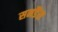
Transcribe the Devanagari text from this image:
सनडैंस